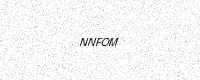
Text: NNFOM